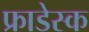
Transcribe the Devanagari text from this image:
फ्राडेस्क